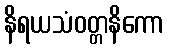
နိရယသံဝတ္တနိကော